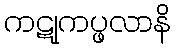
ကဋုကပ္ဖလာနိ